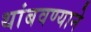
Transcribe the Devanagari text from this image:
थांबवण्याने